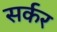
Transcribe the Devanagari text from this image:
सर्कर